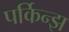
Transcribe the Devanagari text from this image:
पर्किन्झ